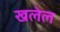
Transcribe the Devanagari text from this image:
खलेल